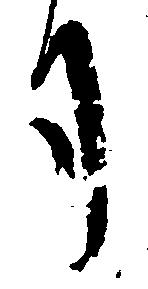
司